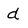
Character: d